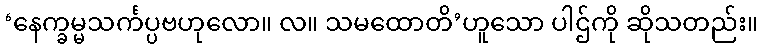
‘နေက္ခမ္မသင်္ကပ္ပဗဟုလော။ လ။ သမထောတိ’ဟူသော ပါဌ်ကို ဆိုသတည်း။